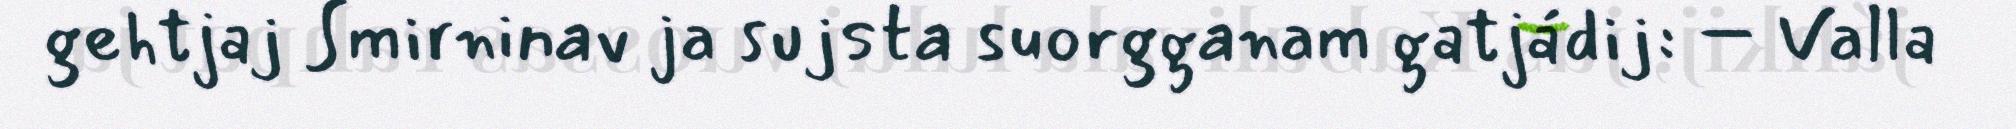
gehtjaj Smirninav ja sujsta suorgganam gatjádij: – Valla